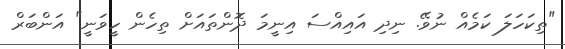
"ތިކަހަލަ ކަމެއް ނުވޭ. ނިދި އައިއްސަ އިނީމަ ދޮންތައަށް ތިހެން ހީވަނީ" އަންބަރް